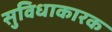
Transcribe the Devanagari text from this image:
सुविधाकारक